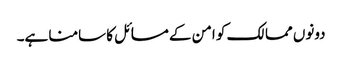
دونوں ممالک کو امن کے مسائل کا سامنا ہے۔